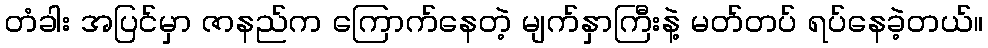
တံခါး အပြင်မှာ ဇာနည်က ကြောက်နေတဲ့ မျက်နှာကြီးနဲ့ မတ်တပ် ရပ်နေခဲ့တယ်။